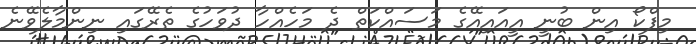
މިފްކޯ އިން ބުނީ އީއައިއޭގެ މަސައްކަތް ދެ މަހެއްހާ ދުވަހުގެ ތެރޭގައި ނިންމާލެވޭނެ